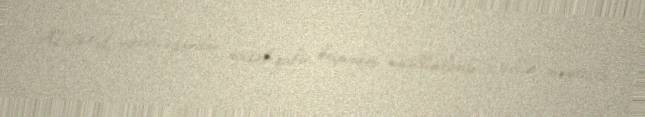
ADPU rektorluğundan müsabiqədən keçməyən müəllimlərlə birillik müqavilə